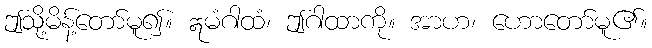
ဤသို့မိန့်တော်မူ၍။ ဣမံဂါထံ၊ ဤဂါထာကို။ အာဟ၊ ဟောတော်မူ၏။